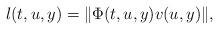
LaTeX: \begin{align*} l(t,u,y)=\|\Phi(t,u,y)v(u,y)\|,\end{align*}